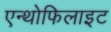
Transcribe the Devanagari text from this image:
एन्थोफिलाइट